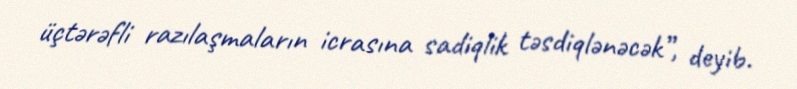
üçtərəfli razılaşmaların icrasına sadiqlik təsdiqlənəcək”, deyib.